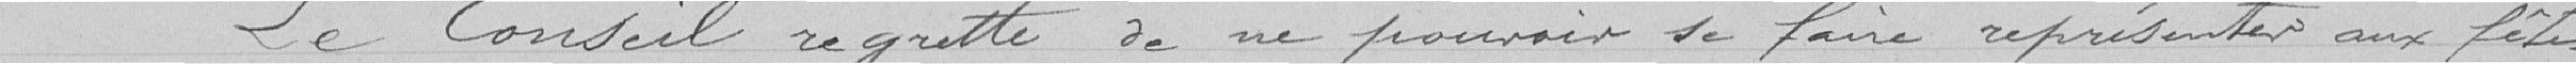
Le Conseil regrette de ne pouvoir se faire représenter aux fêtes